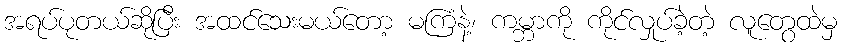
အရပ်ပုတယ်ဆိုပြီး အထင်သေးမယ်တော့ မကြံနဲ့၊ ကမ္ဘာကို ကိုင်လှုပ်ခဲ့တဲ့ လူတွေထဲမှ